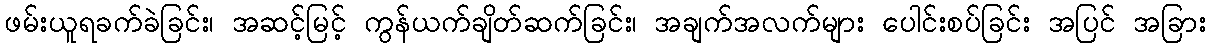
ဖမ်းယူရခက်ခဲခြင်း၊ အဆင့်မြင့် ကွန်ယက်ချိတ်ဆက်ခြင်း၊ အချက်အလက်များ ပေါင်းစပ်ခြင်း အပြင် အခြား